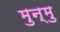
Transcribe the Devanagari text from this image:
मुन्मु